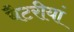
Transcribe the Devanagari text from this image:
बैटरीयां